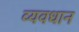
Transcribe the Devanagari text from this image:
व्‍यवधान